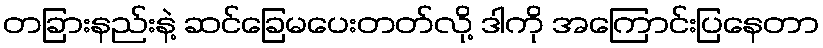
တခြားနည်းနဲ့ ဆင်ခြေမပေးတတ်လို့ ဒါကို အကြောင်းပြနေတာ